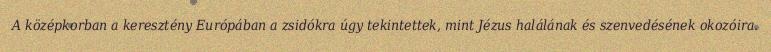
A középkorban a keresztény Európában a zsidókra úgy tekintettek, mint Jézus halálának és szenvedésének okozóira.